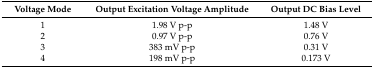
<table><thead><tr><td><b>Voltage Mode</b></td><td><b>Output Excitation Voltage Amplitude</b></td><td><b>Output DC Bias Level</b></td></tr></thead><tbody><tr><td>1</td><td>1.98 V p-p</td><td>1.48 V</td></tr><tr><td>2</td><td>0.97 V p-p</td><td>0.76 V</td></tr><tr><td>3</td><td>383 mV p-p</td><td>0.31 V</td></tr><tr><td>4</td><td>198 mV p-p</td><td>0.173 V</td></tr></tbody></table>